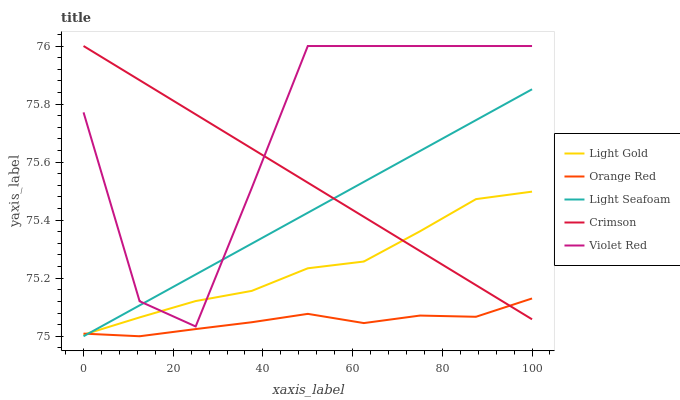
| xaxis_label | Light Gold | Orange Red | Light Seafoam | Crimson | Violet Red |
 | --- | --- | --- | --- | --- | --- |
 | 0 | 75 | 75 | 75 | 76 | 75.8 |
 | 12.5 | 75.1 | 75 | 75.1 | 75.9 | 75.1 |
 | 25 | 75.1 | 75 | 75.2 | 75.8 | 75 |
 | 37.5 | 75.2 | 75 | 75.3 | 75.6 | 75.5 |
 | 50 | 75.2 | 75.1 | 75.4 | 75.5 | 76 |
 | 62.5 | 75.3 | 75 | 75.5 | 75.4 | 76 |
 | 75 | 75.4 | 75.1 | 75.6 | 75.3 | 76 |
 | 87.5 | 75.5 | 75.1 | 75.7 | 75.2 | 76 |
 | 100 | 75.5 | 75.1 | 75.9 | 75.1 | 76 |